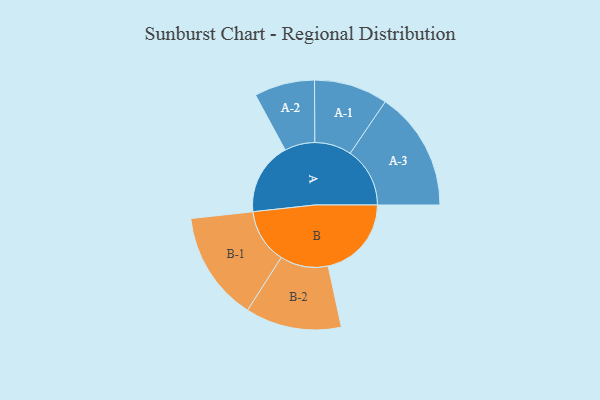
{"axis": {"x": "Segment", "y": "Value"}, "legend": ["", "A", "B"], "data": [{"x": "A", "y": 305, "type": ""}, {"x": "B", "y": 350, "type": ""}, {"x": "A-1", "y": 155, "type": "A"}, {"x": "A-2", "y": 127, "type": "A"}, {"x": "A-3", "y": 251, "type": "A"}, {"x": "B-1", "y": 230, "type": "B"}, {"x": "B-2", "y": 202, "type": "B"}]}